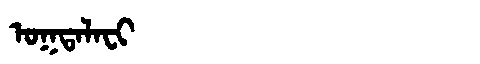
Manchu: ᠣᡴᡨᠠᠯᠠᠸᡳ
Romanization: OKTALAFI